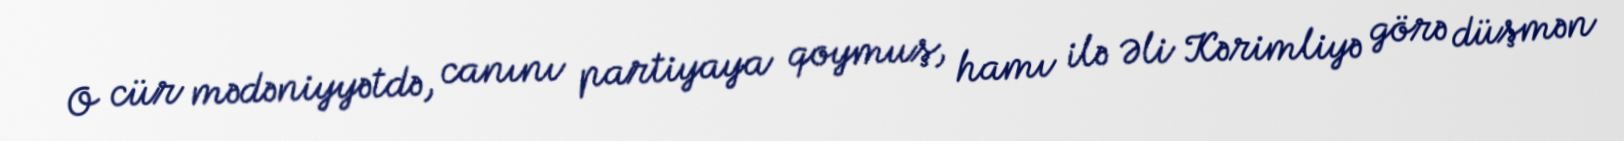
O cür mədəniyyətdə, canını partiyaya qoymuş, hamı ilə Əli Kərimliyə görə düşmən